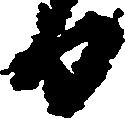
日